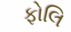
ફોલિ